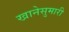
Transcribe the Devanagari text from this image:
खानेसुमारी